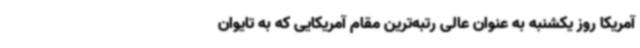
آمریکا روز یکشنبه به عنوان عالی رتبه‌ترین مقام آمریکایی که به تایوان